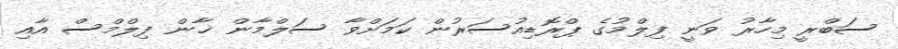
ސަބްރީ މިހާރު ވަނީ ފިލްމުގެ ޕްރޮޑިއުސަރުން ކަމަށްވާ ސަލްމާން ޚާން ފިލްމްސް އާއި